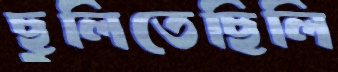
ছুলিতেছিলি